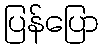
ပြန်ပြော